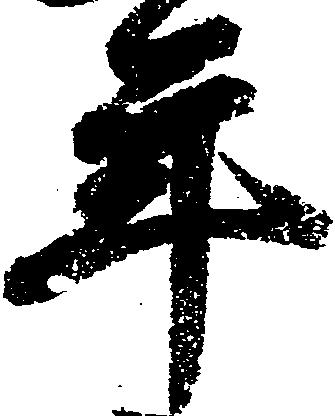
年